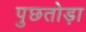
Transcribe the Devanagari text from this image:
पुछतोड़ा